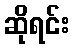
ဆိုရင်း